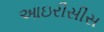
આઇરીસીસ